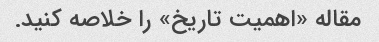
مقاله «اهمیت تاریخ» را خلاصه کنید.